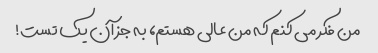
من فکر می کنم که من عالی هستم، به جز آن یک تست!